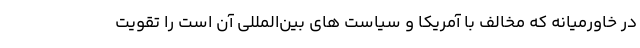
در خاورمیانه که مخالف با آمریکا و سیاست های بین‌المللی آن است را تقویت